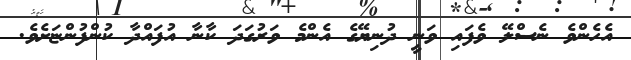
އެހެންވެ ނެސްލޭ ވެފައި ވަނީ ދުނިޔޭގެ އެންމެ ވަރުގަދަ ކާނާ އުފައްދާ ކުންފުންޏަށެވެ.